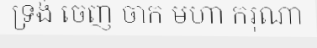
ទ្រង់ ចេញ ចាក មហា ករុណា